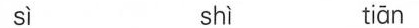
sì shì tiān